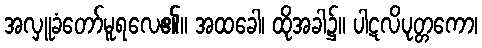
အလှူခံတော်မူရလေ၏။ အထခေါ၊ ထိုအခါ၌။ ပါဋလိပုတ္တကော၊